Leaving Certificate Examination (including Day School Certificate (Higher) General paper), 1938
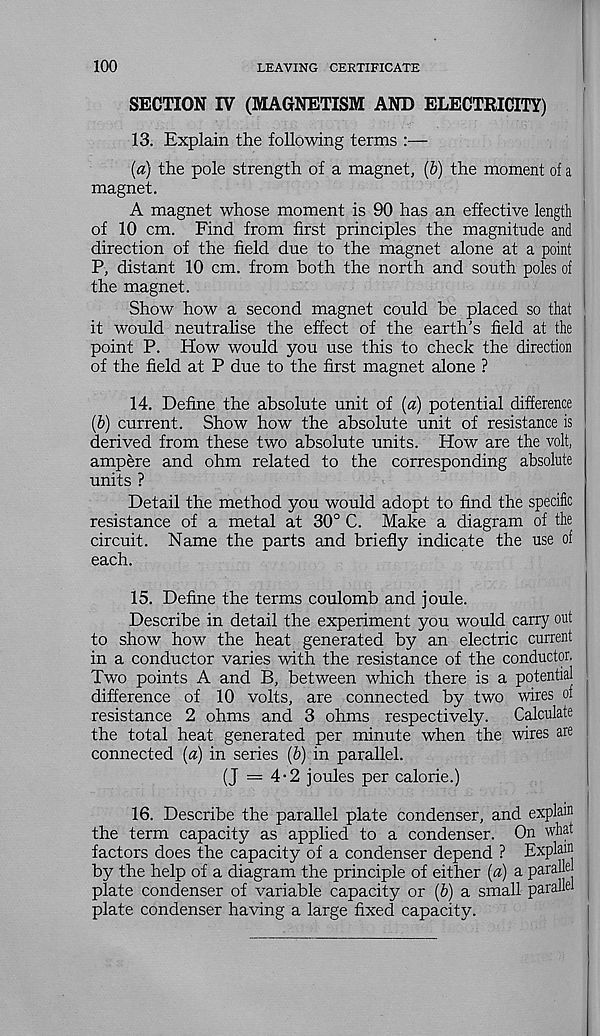
100
LEAVING CERTIFICATE
SECTION IV (MAGNETISM AND ELECTRICITY)
13. Explain the following terms :—
(a) the pole strength of a magnet, (&) the moment of a
magnet.
A magnet whose moment is 90 has an effective length
of 10 cm. Find from first principles the magnitude and
direction of the field due to the magnet alone at a point
P, distant 10 cm. from both the north and south poles of
the magnet.
Show how a second magnet could be placed so that
it would neutralise the effect of the earth’s field at the
point P. How would you use this to check the direction
of the field at P due to the first magnet alone ?
14. Define the absolute unit of {a) potential difference
(&) current. Show how the absolute unit of resistance is
derived from these two absolute units. How are the volt,
ampere and ohm related to the corresponding absolute
units ?
Detail the method you would adopt to find the specific
resistance of a metal at 30° C. Make a diagram of the
circuit. Name the parts and briefly indicate the use of
each.
15. Define the terms coulomb and joule.
Describe in detail the experiment you would carry out
to show how the heat generated by an electric current
in a conductor varies with the resistance of the conductor,
Two points A and B, between which there is a potential
difference of 10 volts, are connected by two wires of
resistance 2 ohms and 3 ohms respectively.
Calculate
the total heat generated per minute when the wires are
connected {a) in series (b) in parallel.
(J = 4-2 joules per calorie.)
16. Describe the parallel plate condenser, and explain 1
the term capacity as applied to a condenser. On what
factors does the capacity of a condenser depend ? Explain
by the help of a diagram the principle of either (a) a paral e
plate condenser of variable capacity or [b) a small parallel
plate condenser having a large fixed capacity.